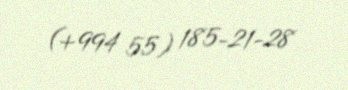
(+994 55) 185-21-28